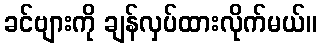
ခင်ဗျားကို ချန်လှပ်ထားလိုက်မယ်။